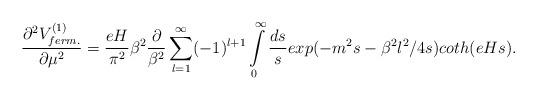
LaTeX: \begin{align*} \frac{\partial^2 V^{(1)}_{ferm.}}{\partial \mu^2}=\frac{eH}{\pi^2}\beta^2 \frac{\partial}{\beta^2}\sum\limits_{l=1}^{\infty}(-1)^{l+1}\int\limits_{0}^{\infty} \frac{ds}{s} exp(-m^2s -\beta^2 l^2/4s)coth(eHs).\end{align*}